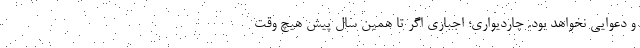
و دعوایی نخواهد بود. چاردیواری؛ اجباری اگر تا همین سال پیش هیچ وقت